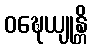
ဝဍ္ဎေယျုန္တိ